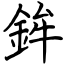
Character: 鉾